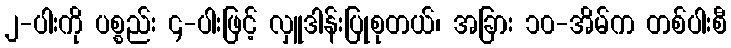
၂-ပါးကို ပစ္စည်း ၄-ပါးဖြင့် လှူဒါန်းပြုစုတယ်၊ အခြား ၁၀-အိမ်က တစ်ပါးစီ